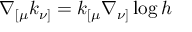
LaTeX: \nabla _ { [ \mu } k _ { \nu ] } = k _ { [ \mu } \nabla _ { \nu ] } \log h